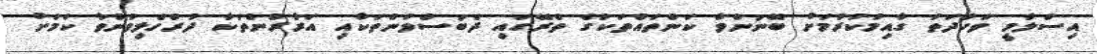
އިސްލާމީ ވަހުދަތު ގާއިމުކުރުމަށް ބޭނުންވާ ކަންތައްތަކުގެ ތެރޭގައި ދެބަސްވުންތަކާއި އަރާރުންތަކާ ދުރުހެލިވުންވާ ކަމަށް